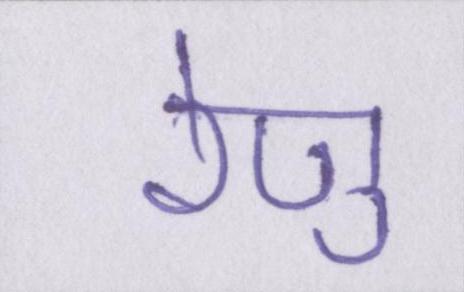
रेणु